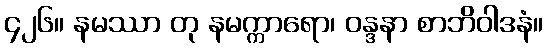
၄၂၆။ နမဿာ တု နမက္ကာရော၊ ဝန္ဒနာ စာဘိဝါဒနံ။